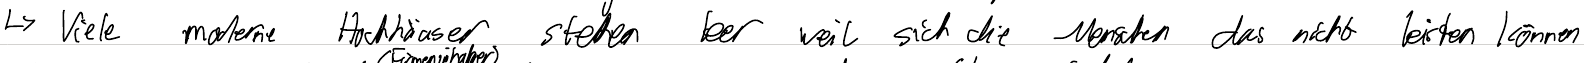
-> Viele moderne Hochhäuser stehen leer weil sich die Menschen das nicht leisten können